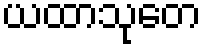
ယထာသုတေ